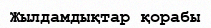
Жылдамдықтар қорабы